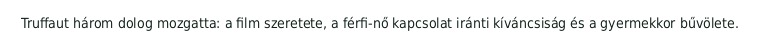
Truffaut három dolog mozgatta: a film szeretete, a férfi-nő kapcsolat iránti kíváncsiság és a gyermekkor bűvölete.